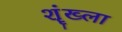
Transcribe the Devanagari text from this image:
शॄंख्ला